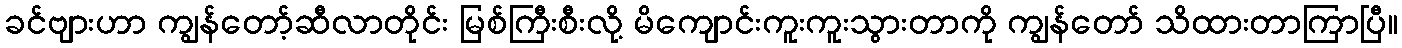
ခင်ဗျားဟာ ကျွန်တော့်ဆီလာတိုင်း မြစ်ကြီးစီးလို့ မိကျောင်းကူးကူးသွားတာကို ကျွန်တော် သိထားတာကြာပြီ။